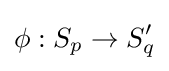
\phi :S_{p}\rightarrow S_{q}'